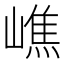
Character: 嶕